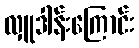
လှူဒါန်းကြောင်း